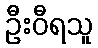
ဦးဝီရသူ